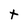
Character: t